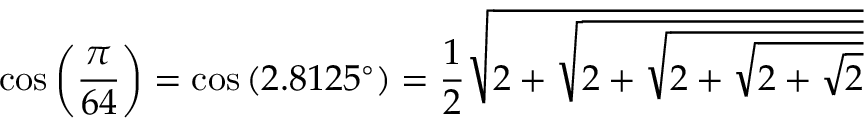
\cos \left( { \frac { \pi } { 6 4 } } \right) = \cos \left( 2 . 8 1 2 5 ^ { \circ } \right) = { \frac { 1 } { 2 } } { \sqrt { 2 + { \sqrt { 2 + { \sqrt { 2 + { \sqrt { 2 + { \sqrt { 2 } } } } } } } } } }